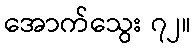
အောက်သွေး ၇၂။